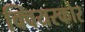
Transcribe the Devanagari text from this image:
क्वियरकोर